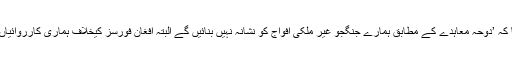
انہوں نے مزید کہا کہ ’دوحہ معاہدے کے مطابق ہمارے جنگجو غیر ملکی افواج کو نشانہ نہیں بنائیں گے البتہ افغان فورسز کیخلاف ہماری کارروائیاں جاری رہیں گے‘۔